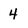
Character: 4